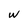
Character: w